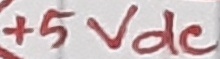
Text: +5Vdc